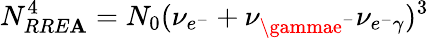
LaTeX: N_{RRE\mathbf{A}}^{4}=N_{0}(\nu_{e^{-}}+\nu_{\gammae^{-}}\nu_{e^{-}\gamma})^{3}